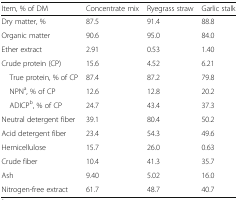
<table><thead><tr><td><b>Item, % of DM</b></td><td><b>Concentrate mix</b></td><td><b>Ryegrass straw</b></td><td><b>Garlic stalk</b></td></tr></thead><tbody><tr><td>Dry matter, %</td><td>87.5</td><td>91.4</td><td>88.8</td></tr><tr><td>Organic matter</td><td>90.6</td><td>95.0</td><td>84.0</td></tr><tr><td>Ether extract</td><td>2.91</td><td>0.53</td><td>1.40</td></tr><tr><td>Crude protein (CP)</td><td>15.6</td><td>4.52</td><td>6.21</td></tr><tr><td> True protein, % of CP</td><td>87.4</td><td>87.2</td><td>79.8</td></tr><tr><td> NPN<sup>a</sup>, % of CP</td><td>12.6</td><td>12.8</td><td>20.2</td></tr><tr><td> ADICP<sup>b</sup>, % of CP</td><td>24.7</td><td>43.4</td><td>37.3</td></tr><tr><td>Neutral detergent fiber</td><td>39.1</td><td>80.4</td><td>50.2</td></tr><tr><td>Acid detergent fiber</td><td>23.4</td><td>54.3</td><td>49.6</td></tr><tr><td>Hemicellulose</td><td>15.7</td><td>26.0</td><td>0.63</td></tr><tr><td>Crude fiber</td><td>10.4</td><td>41.3</td><td>35.7</td></tr><tr><td>Ash</td><td>9.40</td><td>5.02</td><td>16.0</td></tr><tr><td>Nitrogen-free extract</td><td>61.7</td><td>48.7</td><td>40.7</td></tr></tbody></table>